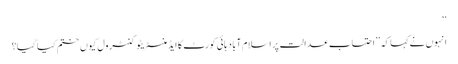
‘‘
انہوں نےکہا کہ ’’احتساب عدالت پر اسلام آباد ہائی کورٹ کا ایڈمنسٹریٹو کنٹرول کیوں ختم کیا گیا؟